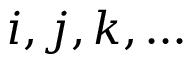
i , j , k , \dots